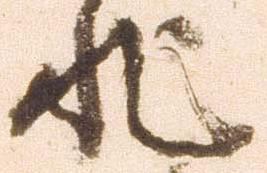
非